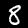
Digit: 8